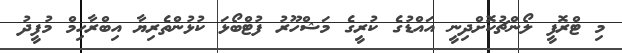
މި ޓްރޮފީ ލޯންޗުކޮށްދިނީ އައްޑުގެ ކުރީގެ މަޝްހޫރު ފުޓްބޯޅަ ކުޅުންތެރިޔާ އިބްރާހިމް މުފީދު